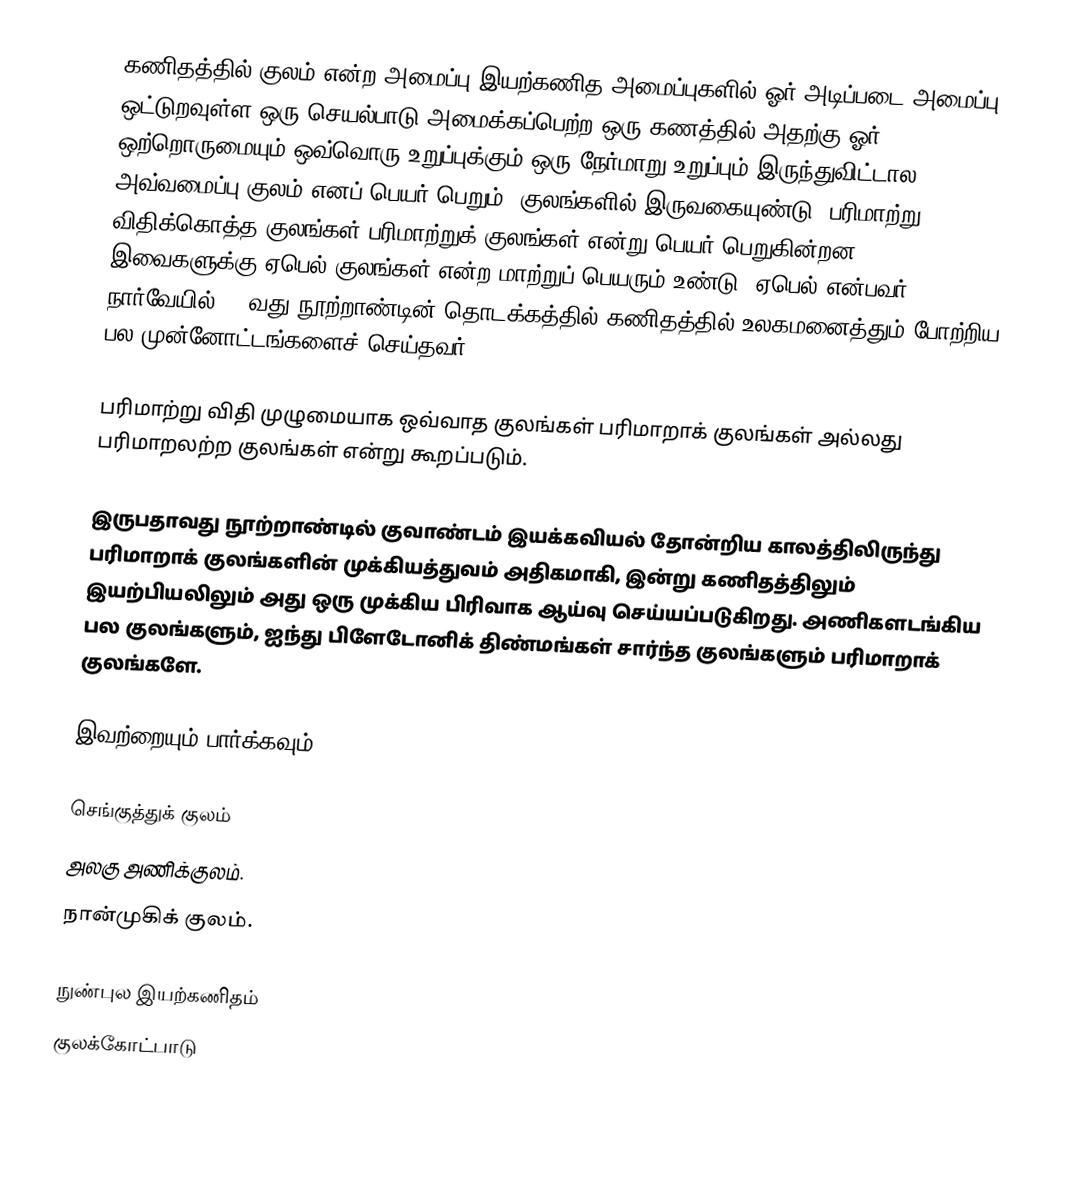
கணிதத்தில் குலம் என்ற அமைப்பு இயற்கணித அமைப்புகளில் ஓர் அடிப்படை அமைப்பு. ஒட்டுறவுள்ள ஒரு செயல்பாடு அமைக்கப்பெற்ற ஒரு கணத்தில் அதற்கு ஓர் ஒற்றொருமையும் ஒவ்வொரு உறுப்புக்கும் ஒரு நேர்மாறு உறுப்பும் இருந்துவிட்டால அவ்வமைப்பு குலம் எனப் பெயர் பெறும். குலங்களில் இருவகையுண்டு. பரிமாற்று விதிக்கொத்த குலங்கள் பரிமாற்றுக் குலங்கள் என்று பெயர் பெறுகின்றன. இவைகளுக்கு ஏபெல் குலங்கள் என்ற மாற்றுப் பெயரும் உண்டு. ஏபெல் என்பவர் நார்வேயில் 19-வது நூற்றாண்டின் தொடக்கத்தில் கணிதத்தில் உலகமனைத்தும் போற்றிய பல முன்னோட்டங்களைச் செய்தவர்.

பரிமாற்று விதி முழுமையாக ஒவ்வாத குலங்கள் பரிமாறாக் குலங்கள் அல்லது பரிமாறலற்ற குலங்கள் என்று கூறப்படும்.

இருபதாவது நூற்றாண்டில் குவாண்டம் இயக்கவியல் தோன்றிய காலத்திலிருந்து பரிமாறாக் குலங்களின் முக்கியத்துவம் அதிகமாகி, இன்று கணிதத்திலும் இயற்பியலிலும் அது ஒரு முக்கிய பிரிவாக ஆய்வு செய்யப்படுகிறது. அணிகளடங்கிய பல குலங்களும், ஐந்து பிளேடோனிக் திண்மங்கள் சார்ந்த குலங்களும் பரிமாறாக் குலங்களே.

இவற்றையும் பார்க்கவும்

 செங்குத்துக் குலம்
 அலகு அணிக்குலம்.
 நான்முகிக் குலம்.

நுண்புல இயற்கணிதம்
குலக்கோட்பாடு